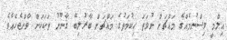
އިލްމީ ވިސްނުމެއްގެ މައްޗަށް ނުވަތަ ޙިކުމަތުގެ މައްޗަށް ބާރުލިބޭ ޤާނޫނު ތަކަކަށް ވާންޖެހެއެވެ.